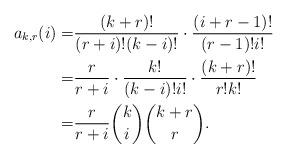
LaTeX: \begin{align*}a_{k, r}(i)=&\dfrac{(k+r)!}{(r+i)!(k-i)!}\cdot\dfrac{(i+r-1)!}{(r-1)!i!}\\=&\dfrac{r}{r+i}\cdot\dfrac{k!}{(k-i)!i!}\cdot\dfrac{(k+r)!}{r!k!}\\=&\dfrac{r}{r+i}\dbinom{k}{i}\dbinom{k+r}{r}.\end{align*}